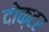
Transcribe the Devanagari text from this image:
दोक्टर